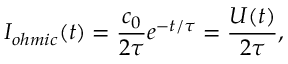
I _ { o h m i c } ( t ) = \frac { c _ { 0 } } { 2 \tau } e ^ { - t / \tau } = \frac { U ( t ) } { 2 \tau } ,